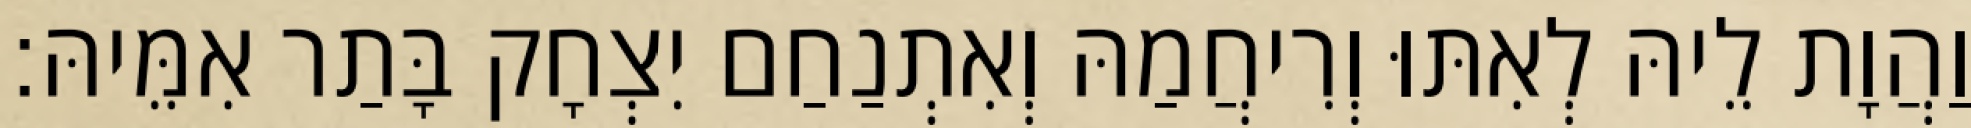
וַהֲוָת לֵיהּ לְאִתּוּ וְרִיחֲמַהּ וְאִתְנַחַם יִצְחָק בָּתַר אִמֵּיהּ׃